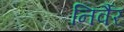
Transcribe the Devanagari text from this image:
निर्वैर